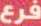
فرع